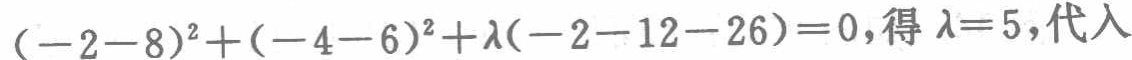
\((-2 - 8)^2+(-4 - 6)^2+\lambda(-2 - 12 - 26)=0,得\ \lambda = 5,代入\)